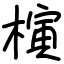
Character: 𣘹